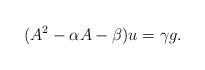
LaTeX: \begin{align*}(A^{2}-\alpha A-\beta) u=\gamma g.\end{align*}